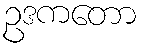
ဥဒကတော